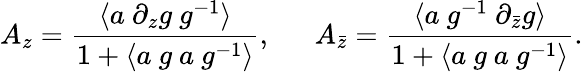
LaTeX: A_{z}=\frac{\langle a~\partial_{z}g~g^{-1}\rangle}{1+\langle a~g~a~g^{-1}\rangle},~~~~~~A_{\bar{z}}=\frac{\langle a~g^{-1}~\partial_{\bar{z}}g\rangle}{1+\langle a~g~a~g^{-1}\rangle}.